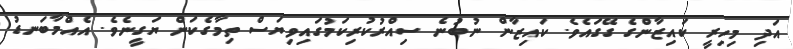
އަދި މިހިރީ ކައިޒާންގެ ގޭގައެވެ. ކައިޒާން ނުބުނެ ސިއްރުކުރިކަމުގައިވިޔަސް ތިމާގެކަން ޔަގީނެވެ. އެއްމާބަނޑު